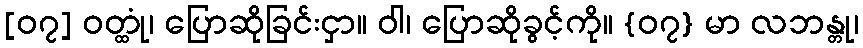
[၀၇] ဝတ္ထုံ၊ ပြောဆိုခြင်းငှာ။ ဝါ၊ ပြောဆိုခွင့်ကို။ {၀၇} မာ လဘန္တု၊